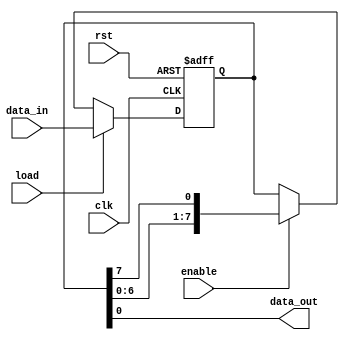
module piso_register (
input wire clk, // Clock input
input wire rst, // Reset input
input wire load, // Load input
input wire enable, // Enable input
input wire [7:0] data_in, // 8-bit data input
output reg data_out // Data output
);

reg [7:0] register_data; // Data storage element

always @ (posedge clk or posedge rst) begin
if (rst) begin
register_data <= 8'b0; // Reset the register data
end else if (load) begin
register_data <= data_in; // Load new data into the register
end else if (enable) begin
register_data <= {register_data[6:0], register_data[7]}; // Shift the data in the register
end
end

assign data_out = register_data[0]; // Output the serial data

endmodule